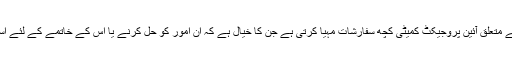
پولیسنگ اصلاحات سے متعلق آئین پروجیکٹ کمیٹی کچھ سفارشات مہیا کرتی ہے جن کا خیال ہے کہ ان امور کو حل کرنے یا اس کے خاتمے کے لئے استعمال کیا جاسکتا ہے۔